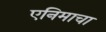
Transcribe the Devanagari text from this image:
एनिमाचा